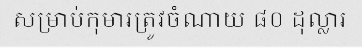
សម្រាប់កុមារត្រូវចំណាយ ៨០ ដុល្លារ